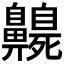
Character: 𪖻